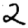
Digit: 2